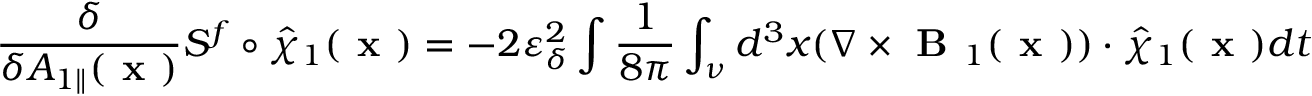
\frac { \delta } { \delta A _ { 1 \parallel } ( \textbf { x } ) } S ^ { f } \circ \hat { \chi } _ { 1 } ( \textbf { x } ) = - 2 \varepsilon _ { \delta } ^ { 2 } \intop \frac { 1 } { 8 \pi } \int _ { \nu } d ^ { 3 } x ( \nabla \times \textbf { B } _ { 1 } ( \textbf { x } ) ) \boldsymbol { \cdot } \hat { \chi } _ { 1 } ( \textbf { x } ) d t